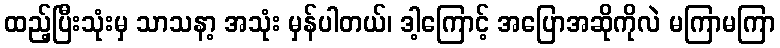
ထည့်ပြီးသုံးမှ သာသနာ့ အသုံး မှန်ပါတယ်၊ ဒါ့ကြောင့် အပြောအဆိုကိုလဲ မကြာမကြာ